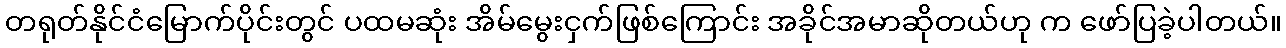
တရုတ်နိုင်ငံမြောက်ပိုင်းတွင် ပထမဆုံး အိမ်မွေးငှက်ဖြစ်ကြောင်း အခိုင်အမာဆိုတယ်ဟု က ဖော်ပြခဲ့ပါတယ်။